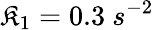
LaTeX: \mathfrak{K}_{1}=0.3\ s^{-2}